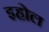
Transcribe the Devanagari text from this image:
इहोल